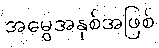
အမွေအနှစ်အဖြစ်